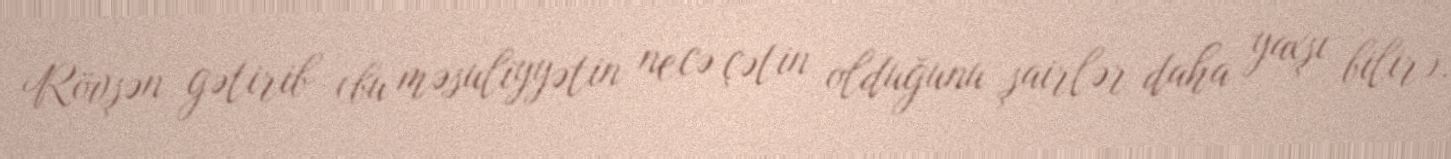
Rövşən gətirib (bu məsuliyyətin necə çətin olduğunu şairlər daha yaxşı bilir).